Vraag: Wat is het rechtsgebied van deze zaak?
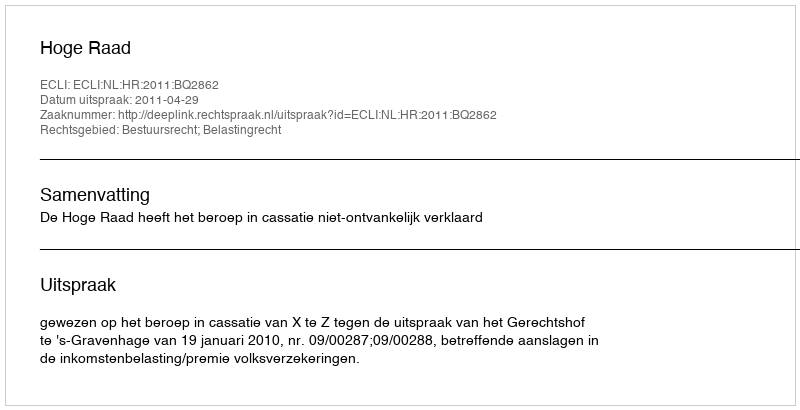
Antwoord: Bestuursrecht; Belastingrecht